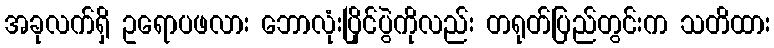
အခုလက်ရှိ ဥရောပဖလား ဘောလုံးပြိုင်ပွဲကိုလည်း တရုတ်ပြည်တွင်းက သတိထား